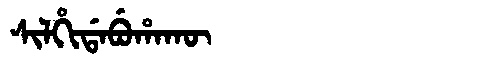
Manchu: ᠰᡳᠯᡥᡳᡩᠠᠪᡠᡥᠠᡴᡡ
Romanization: SILHIDABUHAKŪ